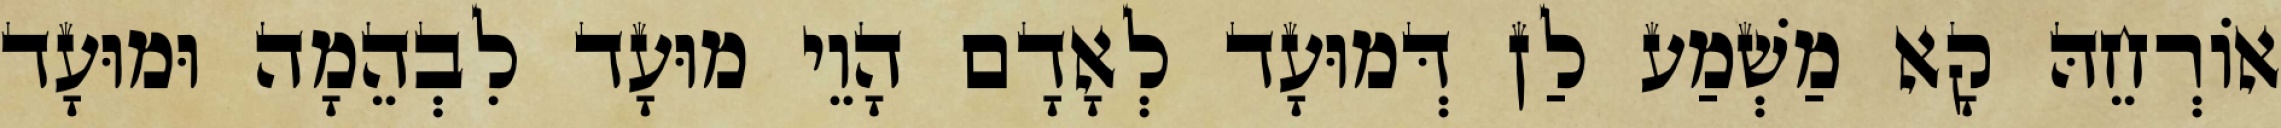
אוֹרְחֵהּ קָא מַשְׁמַע לַן דְּמוּעָד לְאָדָם הָוֵי מוּעָד לִבְהֵמָה וּמוּעָד